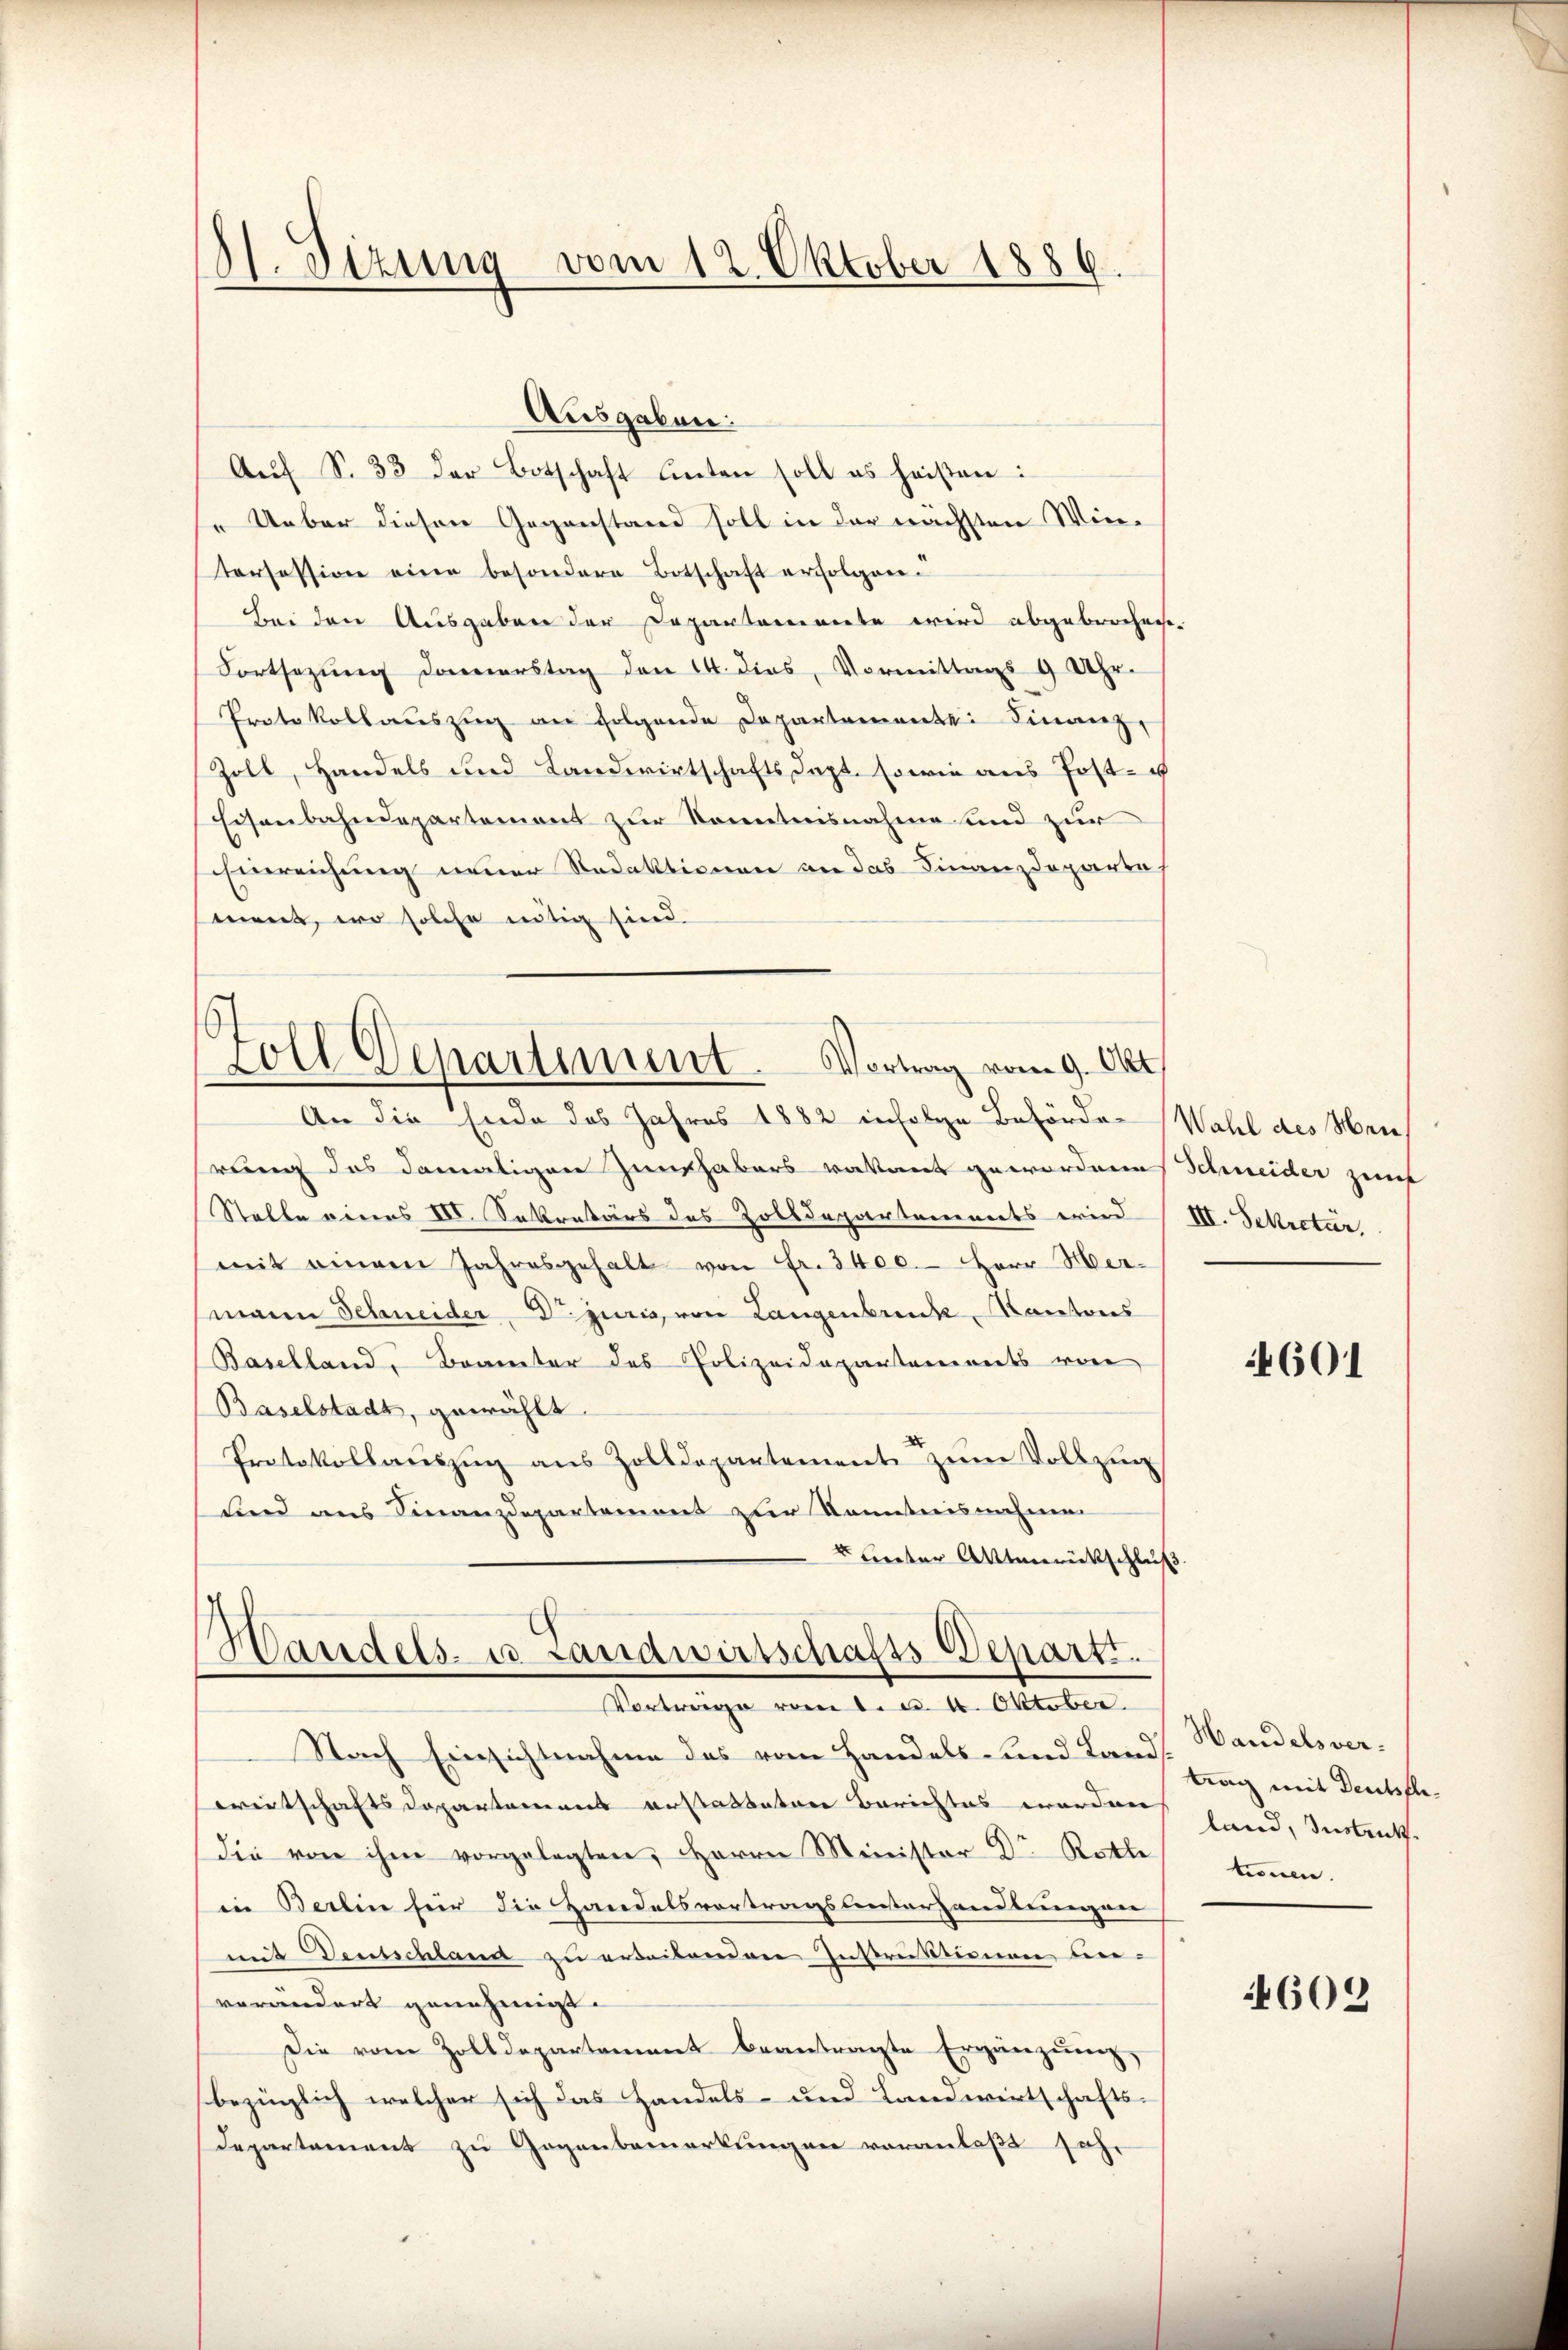
H. Sizung vom 12. Oktober 1886.

An die Ende des Jahres 1882 infolge Behörden Wahl des Hei¬

Vortrage vom 1. d. 4. Oktober.

Ausgaben:
Aŭf S. 33 der Botschaft unten soll es heißen:
„Ueber diesen Gegenstand soll in der nächsten Wintorsession eine besondere Botschaft erfolgen.
Bei den Ausgaben der Departemente wird abgebrochen
Fortsezung Donnerstag den 14. dies, Vormittags 9 Uhr.
Protokollaŭszŭg an Folgende Departemente Finanz
Zoll, Handels und Landwirtschafts Sept. sowie aus Post- u
Eisenbahndepartement zur Kenntnisnahme und zur
Einreichung neuer Redaktionen an das Finanzdeparte
ment, wo solche nötig sind.
Goll Departement. Vortrag vom 9. Okt.

.
rung des damaligen Zinshabers vakant gewordene Schweider zuf
Stalle eines III. Sekretärs des Zolldepartements wird (III. Sekretär
mit einem Jahresgehalt von Fr. 3400. Herr Her-
mann Schneider Dr. juris, von Langenbruck, Kantons
Baselland, Brauter des Polizeidepartements von
Baselstadt, gewählt
Protokollauszug aus Zolldepartement zum Vollzug
und aus Finanzdepartement zur Kenntnisnahme
leter Alterückschluß
Handels- u. Landwirtschafts-Depart.

Nach Einsichtnahme des vom Handels- und Land-Handelsverwreitschaftsdepartamens erstattetere Berichtes wordern Hand, Instrukdie von ihm vorgelegten, Herrn Minister Dr. Rotte
in Berlin für die Handelsvortragslinterhandlungen
mit Deutschland zu erteilenden Instruktionen un-
verändert genehmigt.
Die vom Zolldepartement beantragte Ergänzung,
bezinglich welcher sich das Handels- und Landwirtschafts¬
Departement zu Gogenbemerkungen voranlaßt sehr

4601

trag mit Deutfletionen.

609